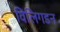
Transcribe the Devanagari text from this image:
विलिगडन